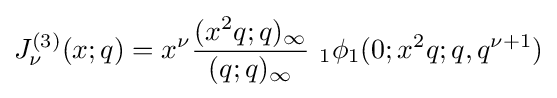
J_{\nu }^{(3)}(x;q)=x^{\nu }{\frac {(x^{2}q;q)_{\infty }}{(q;q)_{\infty }}}\ _{1}\phi _{1}(0;x^{2}q;q,q^{\nu +1})